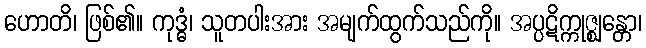
ဟောတိ၊ ဖြစ်၏။ ကုဒ္ဓံ၊ သူတပါးအား အမျက်ထွက်သည်ကို။ အပ္ပဋိက္ကုဇ္ဈန္တော၊